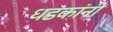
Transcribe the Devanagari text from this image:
धडकांनी